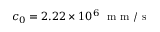
c _ { 0 } = 2 . 2 2 \times 1 0 ^ { 6 } ~ \mathrm { ~ m ~ m ~ / ~ s ~ }